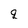
Character: q